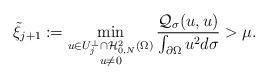
LaTeX: \begin{align*}\tilde \xi_{j+1}:=\min_{\substack{u\in U_j^{\perp}\cap\mathcal H^2_{0,N}(\Omega)\\ u\ne 0}}\frac{\mathcal Q_{\sigma}(u,u)}{\int_{\partial\Omega}u^2d\sigma}>\mu.\end{align*}